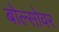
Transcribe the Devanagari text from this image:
बोल्सोवर